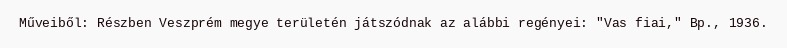
Műveiből: Részben Veszprém megye területén játszódnak az alábbi regényei: "Vas fiai," Bp., 1936.